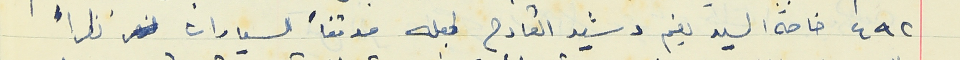
٤٩٢ خاصة السيد نعيم رشيد القارح لجعله موقفاً للسيارات نظراً